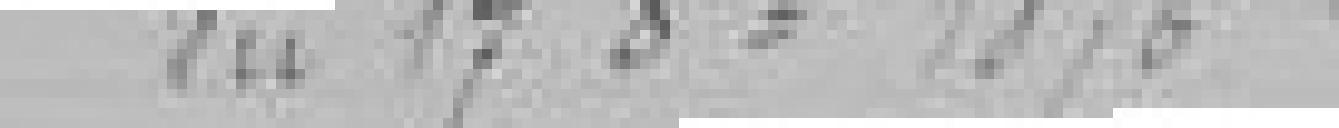
du 17 octobre 1876